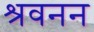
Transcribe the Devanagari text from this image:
श्रवनन